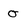
Character: o